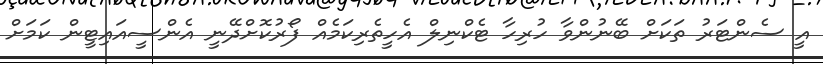
އީ ސެންޓަރު ތަކަށް ބޭނުންވާ ހުރިހާ ޓެކްނިލް އެހީތެރިކަމެއް ފޯރުކޮށްދޭނީ އެންސީއައިޓީން ކަމަށް